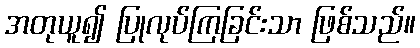
အတုယူ၍ ပြုလုပ်ကြခြင်းသာ ဖြစ်သည်။